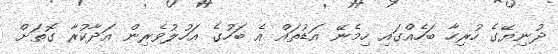
ދުނިޔޭގެ ހުރިހާ ބަހެއްގައި ހިމެނޭ އަޑުތައް އެ ބަހުގެ އަހުލުވެރިން އަދާކުރާ ގޮތަށް